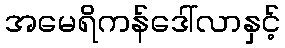
အမေရိကန်ဒေါ်လာနှင့်